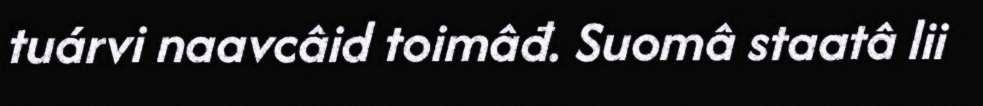
tuárvi naavcâid toimâđ. Suomâ staatâ lii